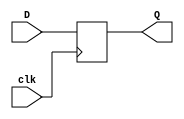
`timescale 1ns / 1ps
//////////////////////////////////////////////////////////////////////////////////
// Company: 
// Engineer: 
// 
// Design Name: 
// Module Name:    D_ff_26bits 
// Project Name: 
// Target Devices: 
// Tool versions: 
// Description: 
//
// Dependencies: 
//
// Revision: 
// Revision 0.01 - File Created
// Additional Comments: 
//
//////////////////////////////////////////////////////////////////////////////////
module D_ff_26bits(
    input [25:0] D,
    input clk,
    output reg [25:0] Q
    );

always @ (posedge clk)
begin
	Q <= D;
end

endmodule